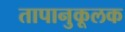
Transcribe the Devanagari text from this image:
तापानुकूलक